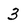
Character: 3